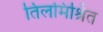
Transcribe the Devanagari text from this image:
तिलमिश्रित